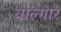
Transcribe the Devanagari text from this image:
वोल्गारे